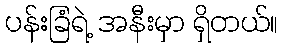
ပန်းခြံရဲ့ အနီးမှာ ရှိတယ်။